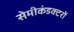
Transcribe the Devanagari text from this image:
सेमीकंडक्टरों